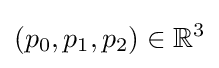
(p_{0},p_{1},p_{2})\in \mathbb {R} ^{3}